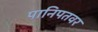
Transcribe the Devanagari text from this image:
पानिपतवर